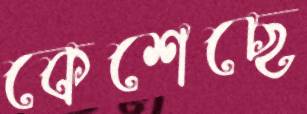
কেশেছে